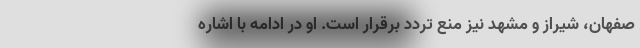
صفهان، شیراز و مشهد نیز منع تردد برقرار است. او در ادامه با اشاره